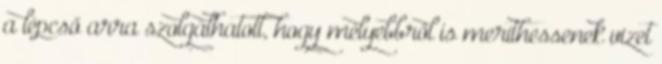
a lépcső arra szolgálhatott, hogy mélyebbről is meríthessenek vizet